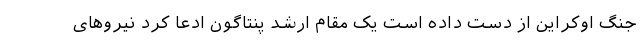
جنگ اوکراین از دست داده است یک مقام ارشد پنتاگون ادعا کرد نیروهای